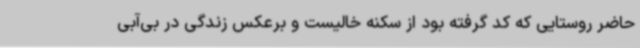
حاضر روستایی که کد گرفته بود از سکنه خالیست و برعکس زندگی در بی‌آبی